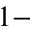
1 -